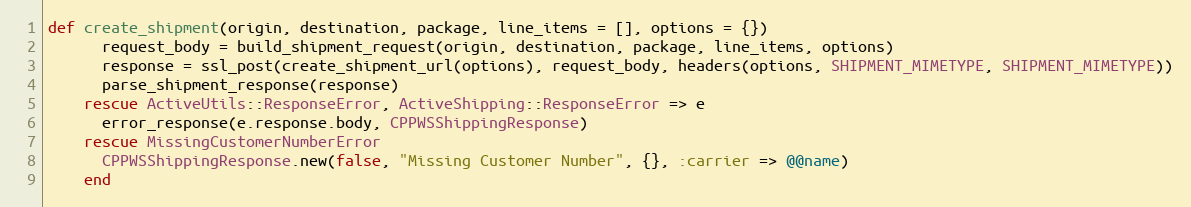
Language: Ruby
def create_shipment(origin, destination, package, line_items = [], options = {})
      request_body = build_shipment_request(origin, destination, package, line_items, options)
      response = ssl_post(create_shipment_url(options), request_body, headers(options, SHIPMENT_MIMETYPE, SHIPMENT_MIMETYPE))
      parse_shipment_response(response)
    rescue ActiveUtils::ResponseError, ActiveShipping::ResponseError => e
      error_response(e.response.body, CPPWSShippingResponse)
    rescue MissingCustomerNumberError
      CPPWSShippingResponse.new(false, "Missing Customer Number", {}, :carrier => @@name)
    end